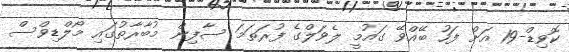
ކޮވިޑް-19 އަށް ފަހު ބޭއްވޭ ގައުމީ ލެވަލްގެ ފުރަތަމަ ސާފިން މުބާރާތުގައި މޯލްޑިވްސް